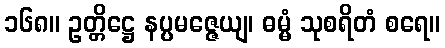
၁၆၈။ ဥတ္တိဋ္ဌေ နပ္ပမဇ္ဇေယျ၊ ဓမ္မံ သုစရိတံ စရေ။